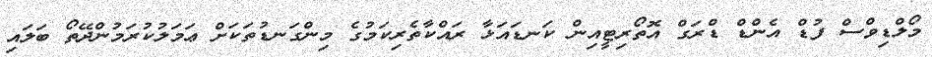
މޯލްޑިވްސް ފުޑް އެންޑް ޑްރަގް އޮތޯރިޓީއިން ކަނޑައަޅާ ރައްކާތެރިކަމުގެ މިންގަނޑުތަކަށް ޢަމަލުކުރަމުންދޭތޯ ބަލައި